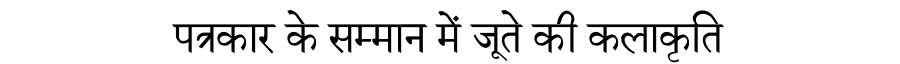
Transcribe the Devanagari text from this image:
पत्रकार के सम्मान में जूते की कलाकृति